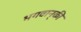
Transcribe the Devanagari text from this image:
भगवान्‌की